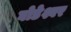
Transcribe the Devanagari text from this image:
घोडेश्वर